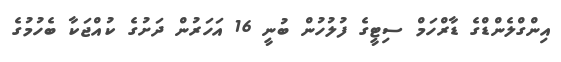
އިންގްލެންޑްގެ ޑާރްހަމް ސިޓީގެ ފުލުހުން ބުނީ 16 އަހަރުން ދަށުގެ ކުއްޖަކާ ބެހުމުގެ